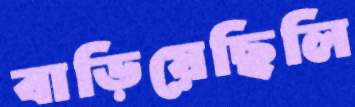
বাড়িয়েছিলি